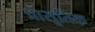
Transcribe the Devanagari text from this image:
प्रासूतिक